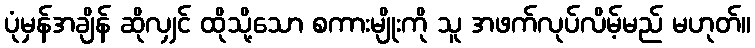
ပုံမှန်အချိန် ဆိုလျှင် ထိုသို့သော စကားမျိုးကို သူ အဖက်လုပ်လိမ့်မည် မဟုတ်။